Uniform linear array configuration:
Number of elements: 8
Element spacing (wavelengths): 0.5
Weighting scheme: hamming
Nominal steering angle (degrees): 45
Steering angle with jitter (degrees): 46.246
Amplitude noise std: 0.05
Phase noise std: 0.05

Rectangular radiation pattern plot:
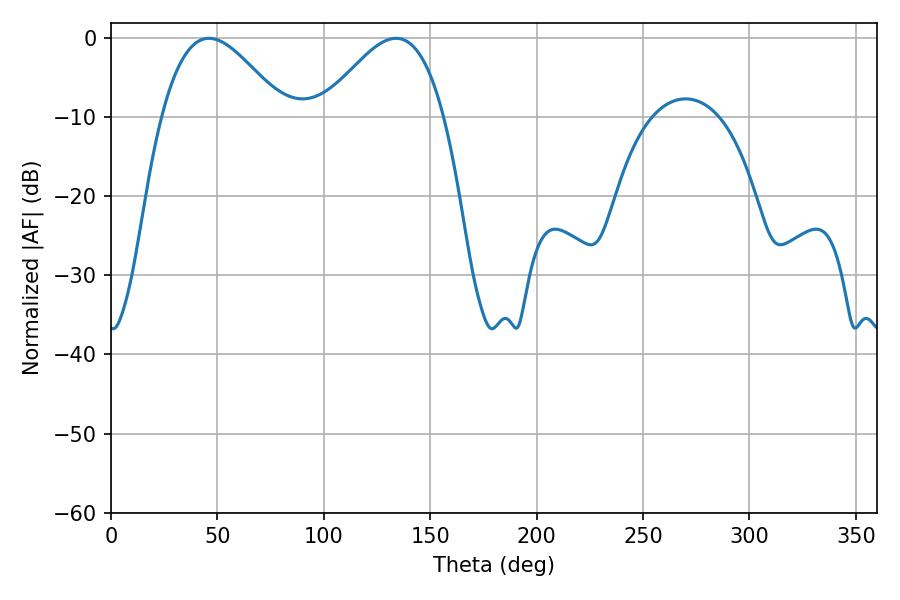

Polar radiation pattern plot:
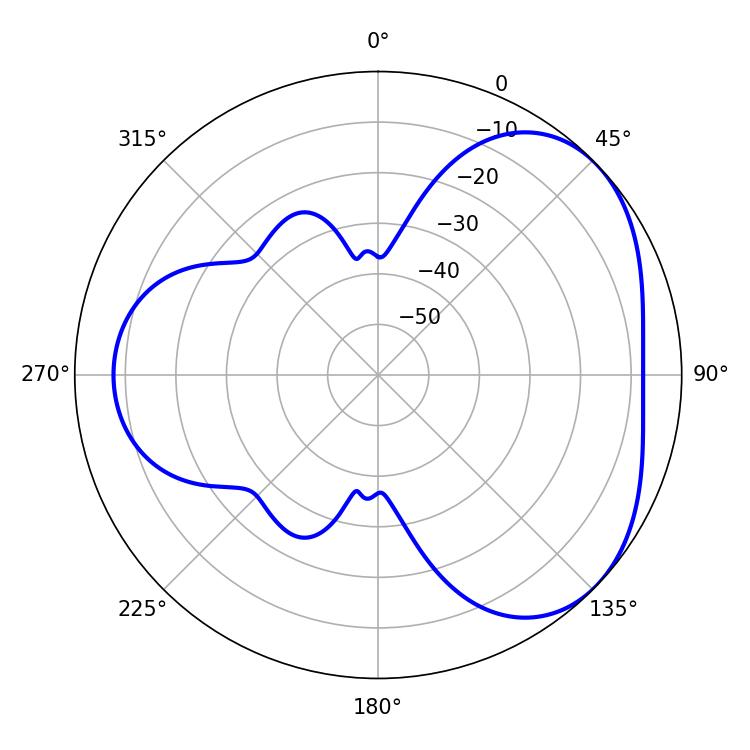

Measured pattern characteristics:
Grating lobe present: FALSE
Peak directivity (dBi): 3.916
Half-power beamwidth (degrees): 30.78
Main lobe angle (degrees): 46.08